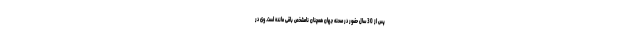
پس از 30 سال حضور در صحنه جهان همچنان نامشخص باقی مانده است. وی در